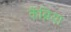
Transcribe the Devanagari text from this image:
कैंब्रिया